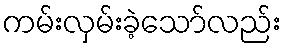
ကမ်းလှမ်းခဲ့သော်လည်း